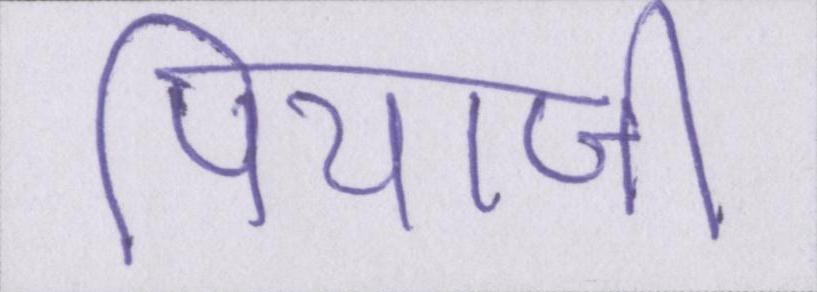
पियाजी